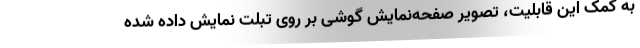
به کمک این قابلیت، تصویر صفحه‌نمایش گوشی بر روی تبلت نمایش داده شده